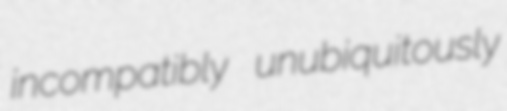
incompatibly unubiquitously